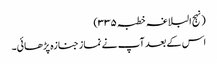
(نہج البلاغہ خطبہ ۳۳۵)
اس کے بعد آپ نے نماز جنازہ پڑھائی۔